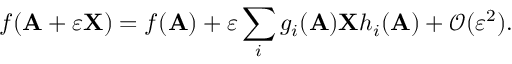
f ( \mathbf { A } + \varepsilon \mathbf { X } ) = f ( \mathbf { A } ) + \varepsilon \sum _ { i } g _ { i } ( \mathbf { A } ) \mathbf { X } h _ { i } ( \mathbf { A } ) + { \mathcal { O } } ( \varepsilon ^ { 2 } ) .